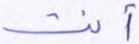
أنت